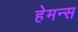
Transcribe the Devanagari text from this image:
हेमन्स